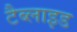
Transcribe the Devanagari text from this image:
टैब्लाइड